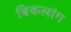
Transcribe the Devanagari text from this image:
बिकलांग